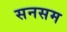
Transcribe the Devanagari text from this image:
सनसम